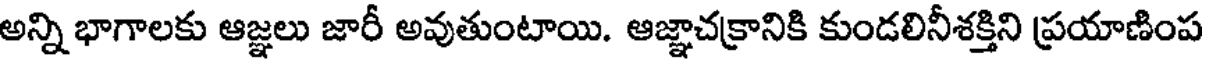
అన్ని భాగాలకు ఆజ్ఞలు జారీ అవుతుంటాయి. ఆజ్ఞాచక్రానికి కుండలినీశక్తిని ప్రయాణింప